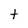
Character: t